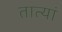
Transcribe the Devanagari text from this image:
तात्यां